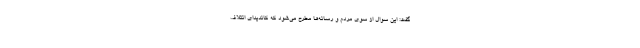
گفت: این سوال از سوی مردم و رسانه‌ها مطرح می‌شود که کاندیدای ائتلاف